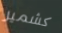
كشمير